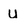
Character: u